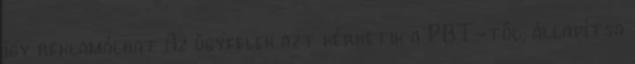
így reklamálhat Az ügyfelek azt kérhetik a PBT-től, állapítsa